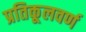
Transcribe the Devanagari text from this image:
प्रतिकूलवर्ण